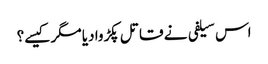
اس سیلفی نے قاتل پکڑوا دیا مگر کیسے؟